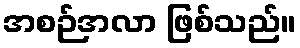
အစဉ်အလာ ဖြစ်သည်။